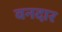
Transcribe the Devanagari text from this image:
वनदार